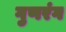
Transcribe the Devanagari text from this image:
गुणरंग